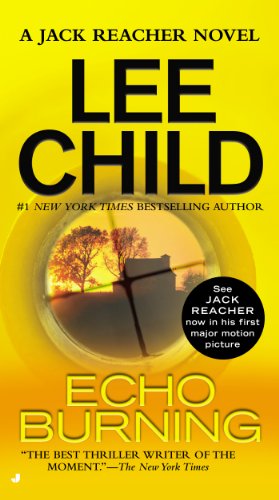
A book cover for Echo Burning: A Jack Reacher Novel; Lee Child; Mystery, Thriller & Suspense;